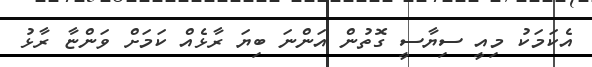
އެކަމަކު މިއީ ސިޔާސީ ގޮތުން އަންނަ ބިޔަ ރާޅެއް ކަމަށް ވަންޏާ ރާޅު